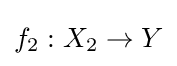
f_{2}:X_{2}\to Y